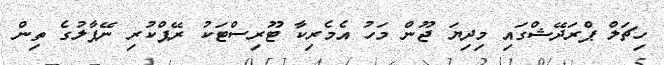
ހިޗަލް ޕްރަދޭޝްގައި މިދިޔަ ޖޫން މަހު އެމެރިކާ ޓޫރިސްޓަކު ރޭޕްކުރި ނޭޕާލުގެ ތިން